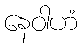
နေဝါဟံ